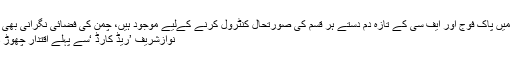
پاکستانی حدود میں پاک فوج اور ایف سی کے تازہ دم دستے ہر قسم کی صورتحال کنٹرول کرنے کےلیے موجود ہیں، چمن کی فضائی نگرانی بھی کی جارہی ہے
نوازشریف ’ریڈ کارڈ ‘سے پہلے اقتدار چھوڑ دیں،بلاول بھٹو